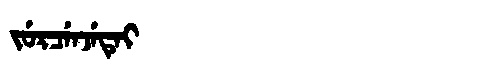
Manchu: ᠵᡠᡵᠴᡝᠨᠵᡝᡨᡝᡳ
Romanization: JURCENJETEI